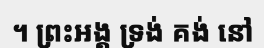
។ ព្រះអង្គ ទ្រង់ គង់ នៅ